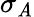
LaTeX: \sigma_{\mathit{A}}